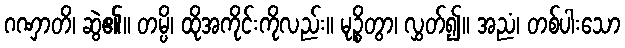
ဂဏှာတိ၊ ဆွဲ၏။ တမ္ပိ၊ ထိုအကိုင်းကိုလည်း။ မုဉ္စိတွာ၊ လွှတ်၍။ အညံ၊ တစ်ပါးသော